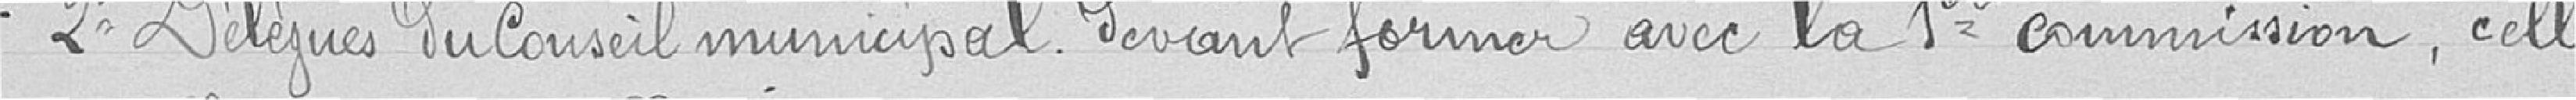
Deux délégués du conseil municipal devant former avec la première  commission, celle